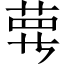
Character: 𦲿